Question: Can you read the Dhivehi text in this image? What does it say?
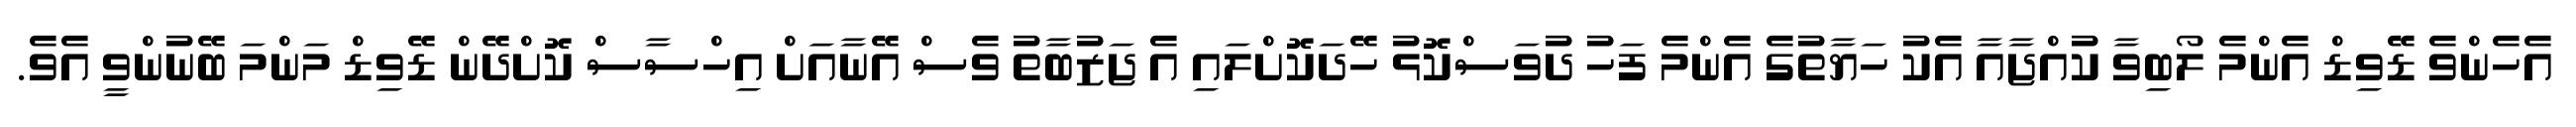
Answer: އެހެންވެ ޑޭވިޑް އެންމެ ލޯބިވާ ކުއްޖާއާ އެކު ހަޔާތުގެ އެންމެ ފަހު ދުވަސްކޮޅު ހޭދަކޮށްލައި އެ ޖަޒުބާތު ވެސް އޭނާއަށް އިހްސާސް ކޮށްދޭން ޑޭވިޑް މަންމަ ބޭނުންވީ އެވެ.